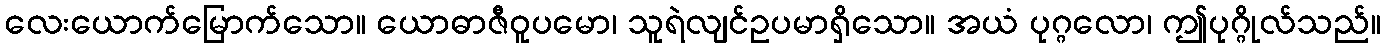
လေးယောက်မြောက်သော။ ယောဓာဇီဝူပမော၊ သူရဲလျင်ဥပမာရှိသော။ အယံ ပုဂ္ဂလော၊ ဤပုဂ္ဂိုလ်သည်။